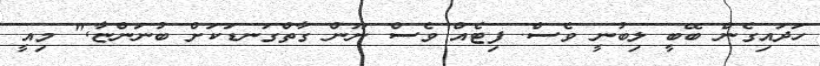
ހަދައިގެން ބޭބީ ލިބުނީ ވެސް. ފިޓެއް ވެސް ނޫން ގާތްގަނޑަކަށް ބުނަންޏާ